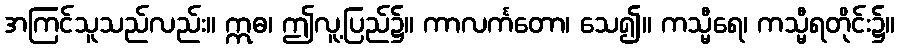
အကြင်သူသည်လည်း။ ဣဓ၊ ဤလူ့ပြည်၌။ ကာလင်္ကတော၊ သေ၍။ ကသ္မီရေ၊ ကသ္မီရတိုင်း၌။